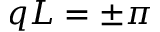
q L = \pm \pi